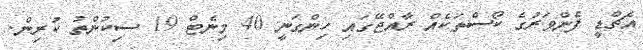
އެޗްޑީ ފެންވަރުގެ ކޯސްތަކެއް ރާއްޖޭގައި ހިންގަނީ 40 މިނެޓް 19 ސިކުންތު ކުރިން.